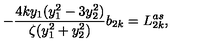
- \frac { 4 k y _ { 1 } ( y _ { 1 } ^ { 2 } - 3 y _ { 2 } ^ { 2 } ) } { \zeta ( y _ { 1 } ^ { 2 } + y _ { 2 } ^ { 2 } ) } b _ { 2 k } = L _ { 2 k } ^ { a s } ,